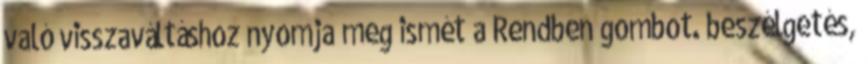
való visszaváltáshoz nyomja meg ismét a Rendben gombot. beszélgetés,